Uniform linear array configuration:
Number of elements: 16
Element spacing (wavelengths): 1
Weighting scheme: cosine
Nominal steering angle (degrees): -45
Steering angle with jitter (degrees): -44.305
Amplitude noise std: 0.05
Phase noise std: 0.05

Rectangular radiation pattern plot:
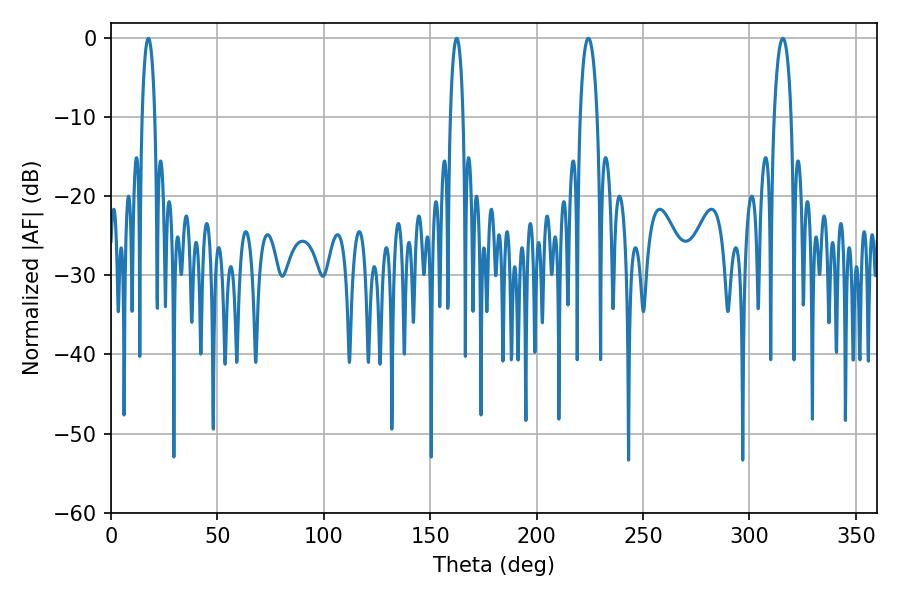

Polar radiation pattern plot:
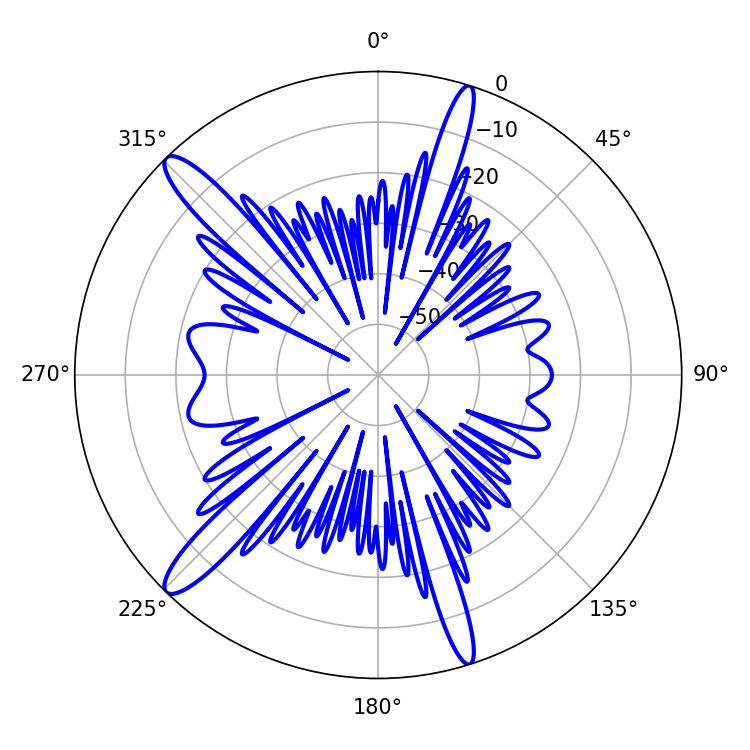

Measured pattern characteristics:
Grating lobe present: TRUE
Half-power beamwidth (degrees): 4.5
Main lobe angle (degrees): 224.28